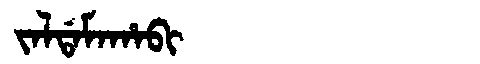
Manchu: ᠵᠠᠯᡩᠠᠮᠠᡥᠠᠪᡳ
Romanization: JALDAMAHABI